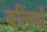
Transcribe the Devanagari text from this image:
बलिंयाँ